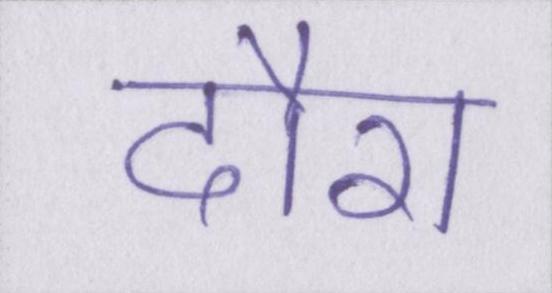
दौरा